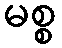
မစ္စ